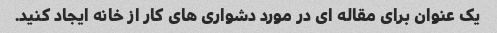
یک عنوان برای مقاله ای در مورد دشواری های کار از خانه ایجاد کنید.